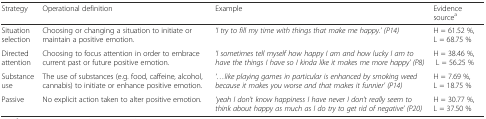
<table><thead><tr><td><b>Strategy</b></td><td><b>Operational definition</b></td><td><b>Example</b></td><td><b>Evidence source<sup>a</sup></b></td></tr></thead><tbody><tr><td>Situation selection</td><td>Choosing or changing a situation to initiate or maintain a positive emotion.</td><td><i>‘I try to fill my time with things that make me happy.’ (P14)</i></td><td>H = 61.52 %,L = 68.75 %</td></tr><tr><td>Directed attention</td><td>Choosing to focus attention in order to embrace current past or future positive emotion.</td><td><i>‘I sometimes tell myself how happy I am and how lucky I am to have the things I have so I kinda like it makes me more happy’ (P8)</i></td><td>H = 38.46 %, L = 56.25 %</td></tr><tr><td>Substance use</td><td>The use of substances (e.g. food, caffeine, alcohol, cannabis) to initiate or enhance positive emotion.</td><td><i>‘...like playing games in particular is enhanced by smoking weed because it makes you worse and that makes it funnier’ (P14)</i></td><td>H = 7.69 %, L = 18.75 %</td></tr><tr><td>Passive</td><td>No explicit action taken to alter positive emotion.</td><td><i>‘yeah I don’t know happiness I have never I don’t really seem to think about happy as much as I do try to get rid of negative’ (P20)</i></td><td>H = 30.77 %, L = 37.50 %</td></tr></tbody></table>